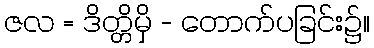
ဇလ = ဒိတ္တိမှိ - တောက်ပခြင်း၌။